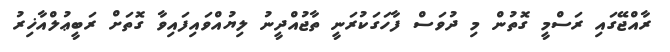
ރާއްޖޭގައި ރަސްމީ ގޮތުން މި ދުވަސް ފާހަގަކުރަނީ ތާޖުއްދީނު ލިޔުއްވައިފައިވާ ގޮތަށް ރަބީޢުލްއާޚިރު